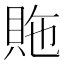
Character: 䝯